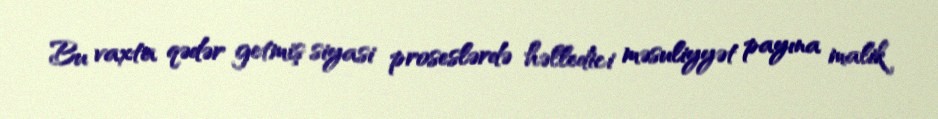
Bu vaxta qədər getmiş siyasi proseslərdə həlledici məsuliyyət payına malik